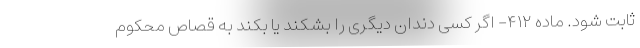
ثابت شود. ماده ۴۱۲- اگر کسی دندان دیگری را بشکند یا بکند به قصاص محکوم